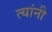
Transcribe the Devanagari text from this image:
त्यांनी